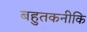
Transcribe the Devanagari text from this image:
बहुतकनीकि